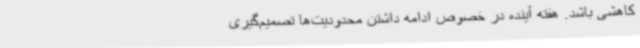
کاهشی باشد. هفته آینده در خصوص ادامه داشتن محدودیت‌ها تصمیم‌گیری